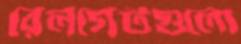
রেলগেটগুলো